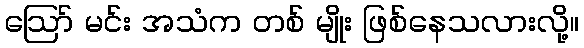
ဪ မင်း အသံက တစ် မျိုး ဖြစ်နေသလားလို့။